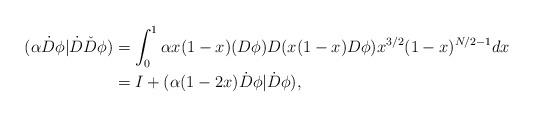
LaTeX: \begin{align*}(\alpha\dot{D}\phi|\dot{D}\check{D}\phi)&=\int_0^1\alpha x(1-x)(D\phi)D(x(1-x)D\phi)x^{3/2}(1-x)^{N/2-1}dx \\&=I +(\alpha(1-2x)\dot{D}\phi|\dot{D}\phi),\end{align*}